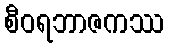
စီဝရဘာဇကဿ